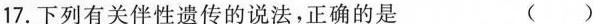
17.下列有关伴性遗传的说法。正确的是 ()